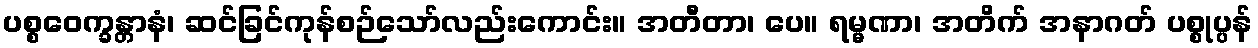
ပစ္စဝေက္ခန္တာနံ၊ ဆင်ခြင်ကုန်စဉ်သော်လည်းကောင်း။ အတီတာ၊ ပေ။ ရမ္မဏာ၊ အတိက် အနာဂတ် ပစ္စုပ္ပန်